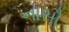
નાસૌ